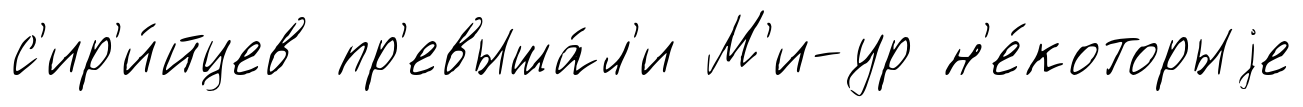
с'ир'и́йцев пр'евыша́л'и М'и-ур н'е́которыjе